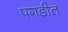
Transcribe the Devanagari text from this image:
पगडीत